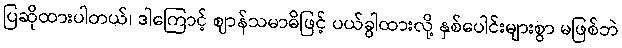
ပြဆိုထားပါတယ်၊ ဒါကြောင့် ဈာန်သမာဓိဖြင့် ပယ်ခွါထားလို့ နှစ်ပေါင်းများစွာ မဖြစ်ဘဲ